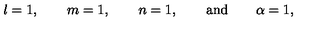
l = 1 , \qquad m = 1 , \qquad n = 1 , \qquad \mathrm { a n d } \qquad \alpha = 1 ,